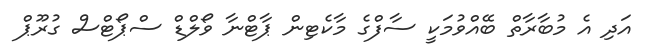
އަދި އެ މުބާރާތް ބޭއްވުމަކީ ސާފްގެ މާކެޓިން ޕާޓްނާ ވޯލްޑް ސްޕޯޓްސް ގުރޫޕް